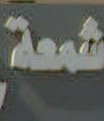
شمعة